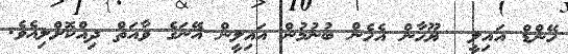
ހޭންޑް އައިލީ  ޔޫހާން އެހެން ބުނުމުން އައިލީން އޭނަގެ ވާއަތް ދިއްކޮށްލިއެވެ.